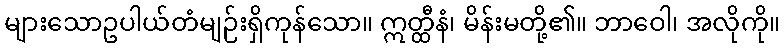
များသောဥပါယ်တံမျဉ်းရှိကုန်သော။ ဣတ္ထီနံ၊ မိန်းမတို့၏။ ဘာဝေါ၊ အလိုကို။